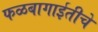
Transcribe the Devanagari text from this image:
फळबागाईतीचे